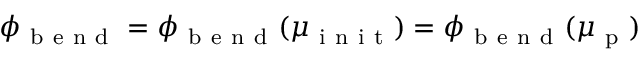
\phi _ { \mathrm { ~ b ~ e ~ n ~ d ~ } } = \phi _ { \mathrm { ~ b ~ e ~ n ~ d ~ } } ( \mu _ { \mathrm { ~ i ~ n ~ i ~ t ~ } } ) = \phi _ { \mathrm { ~ b ~ e ~ n ~ d ~ } } ( \mu _ { \mathrm { ~ p ~ } } )